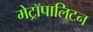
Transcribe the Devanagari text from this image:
मेट्रॉपालिटन